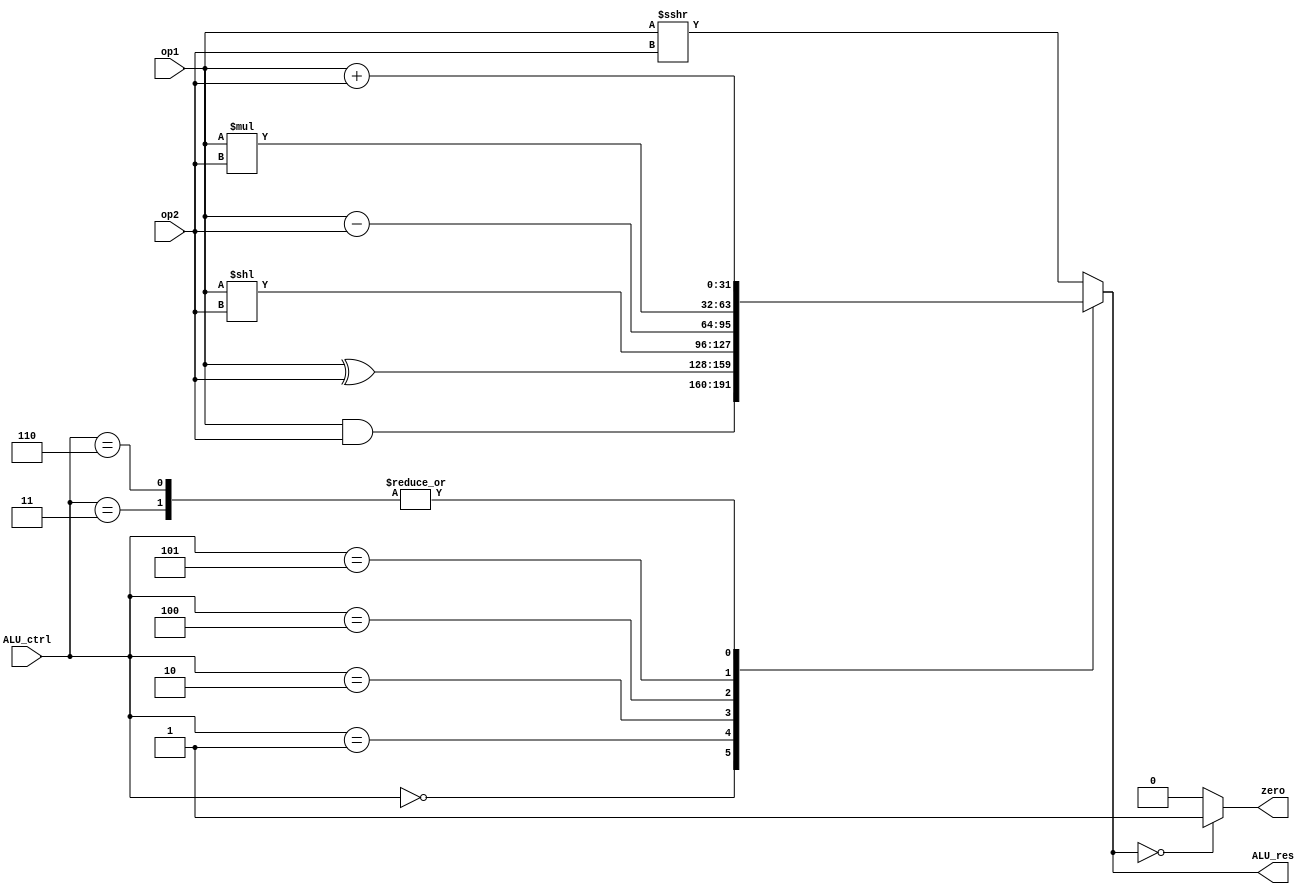
module ALU(op1, op2, ALU_ctrl, zero, ALU_res);

    input [31:0] op1, op2;
    input [2:0] ALU_ctrl;
    output zero;
    output [31:0] ALU_res;

    reg [31:0] ALU_res;
    reg zero;

    always @(*) begin

    case (ALU_ctrl)
        3'b000: 
            ALU_res = op1 & op2;
        3'b001: 
            ALU_res = op1 ^ op2;
        3'b010: 
            ALU_res = op1 << op2;
        3'b011: 
            ALU_res = op1 + op2;
        3'b100: 
            ALU_res = op1 - op2;
        3'b101:
            ALU_res = op1 * op2;
        3'b110: 
            ALU_res = op1 + op2; 
        default: 
            ALU_res = $signed(op1) >>> op2; 
    endcase

    zero = (ALU_res == 32'h00000000) ? 1'b1 : 1'b0;

    end

endmodule

module ALU_Control(ALUOP, func3, func7, out);

    input [1:0] ALUOP;
    input [2:0] func3;
    input [6:0] func7;
    output [2:0] out;

    reg [2:0]out;

    always @(*) begin
        case (ALUOP)
            2'b00: // lw, sw, immd
                case (func3)
                    3'b000: 
                        out = 3'b110;
                    3'b101:
                        out = 3'b111;
                    default: 
                        out = 3'b011; // lw or sw
                endcase
            default: 
                case (func3)
                    3'b000: 
                        case (func7)
                            7'b0000000:
                                out = 3'b011;
                            7'b0100000:
                                out = 3'b100; 
                            default: 
                                out = 3'b101;
                        endcase
                    3'b001:
                        out = 3'b010;
                    3'b100:
                        out = 3'b001;
                    default: 
                        out = 3'b000;
                endcase
        endcase
    end

endmodule

module MUX4_32(in1, in2, in3, in4, sel, out);
    
    input [31:0] in1;
    input [31:0] in2;
    input [31:0] in3;
    input [31:0] in4;
    input [1:0] sel;
    output reg [31:0] out;

    always @(*) begin
      case (sel)
        2'b00: out = in1; 
        2'b01: out = in2; 
        2'b10: out = in3; 
        default: out = in4;
      endcase
    end

endmodule


module Forwarding_Unit(EX_rs1_addr, EX_rs2_addr, MEM_RegWrite, MEM_rd_addr, WB_RegWrite, WB_rd_addr, ForwardA, ForwardB);

    input [4:0] EX_rs1_addr;
    input [4:0] EX_rs2_addr;
    input MEM_RegWrite;
    input [4:0] MEM_rd_addr;
    input WB_RegWrite;
    input [4:0] WB_rd_addr;
    output reg [1:0] ForwardA;
    output reg [1:0] ForwardB;

    always @(*) begin
        if (MEM_RegWrite && (MEM_rd_addr != 0) && (MEM_rd_addr == EX_rs1_addr)) begin
            ForwardA = 2'b10;
        end
        else if (WB_RegWrite && (WB_rd_addr != 0) && !(MEM_RegWrite && (MEM_rd_addr != 0) && (MEM_rd_addr == EX_rs1_addr)) && (WB_rd_addr == EX_rs1_addr)) begin
            ForwardA = 2'b01;
        end
        else begin
          ForwardA = 2'b00;
        end

        if (MEM_RegWrite && (MEM_rd_addr != 0) && (MEM_rd_addr == EX_rs2_addr)) begin
            ForwardB = 2'b10;
        end
        else if (WB_RegWrite && (WB_rd_addr != 0) && !(MEM_RegWrite && (MEM_rd_addr != 0) && (MEM_rd_addr == EX_rs2_addr)) && (WB_rd_addr == EX_rs2_addr)) begin
            ForwardB = 2'b01;
        end
        else begin
          ForwardB = 2'b00;
        end
    end

endmodule